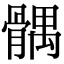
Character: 髃